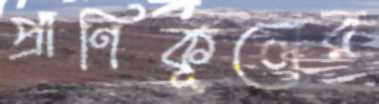
প্রাণিকূলের